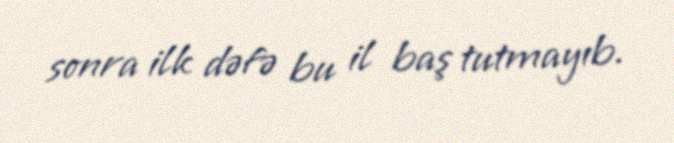
sonra ilk dəfə bu il baş tutmayıb.